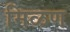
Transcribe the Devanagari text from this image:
मिळण